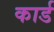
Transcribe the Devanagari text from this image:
कार्ड